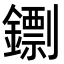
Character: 𨭚